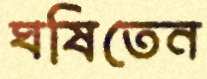
ঘষিতেন